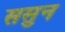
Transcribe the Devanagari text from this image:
ससुन